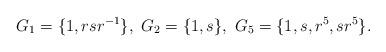
LaTeX: \begin{align*}G_1=\{ 1, rsr^{-1}\},~G_2=\{1,s\},~G_5=\{1,s,r^5,sr^5\}.\end{align*}